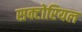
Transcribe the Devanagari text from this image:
सक्टोरियल